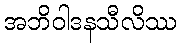
အဘိဝါဒနသီလိဿ